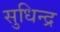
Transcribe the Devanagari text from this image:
सुधिन्द्र